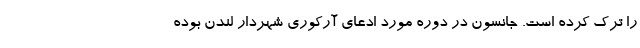
را ترک کرده است. جانسون در دوره مورد ادعای آرکوری شهردار لندن بوده